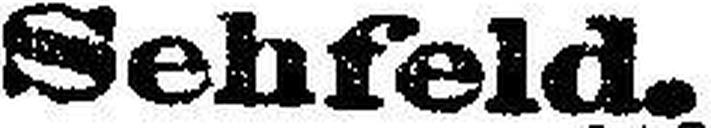
Sehfeld.